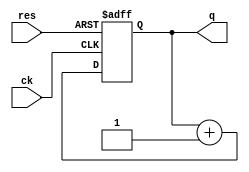
module ct2bit ( ck, res, q );

  input ck, res;
  output [1:0] q;

  reg [1:0] q;

  always @(posedge ck or posedge res)
   begin
    if (res)
     q <= 0;    // q <= 2'b00;  OK
    else
     q <= q + 1;  // q <= q + 2'b01;  OK
   end

endmodule